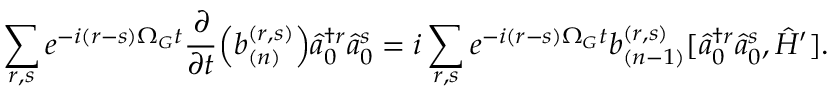
\sum _ { r , s } e ^ { - i ( r - s ) \Omega _ { G } t } \frac { \partial } { \partial t } \Bigl ( b _ { ( n ) } ^ { ( r , s ) } \Bigr ) \hat { a } _ { 0 } ^ { \dagger r } \hat { a } _ { 0 } ^ { s } = i \sum _ { r , s } e ^ { - i ( r - s ) \Omega _ { G } t } b _ { ( n - 1 ) } ^ { ( r , s ) } [ \hat { a } _ { 0 } ^ { \dagger r } \hat { a } _ { 0 } ^ { s } , \hat { H } ^ { \prime } ] .